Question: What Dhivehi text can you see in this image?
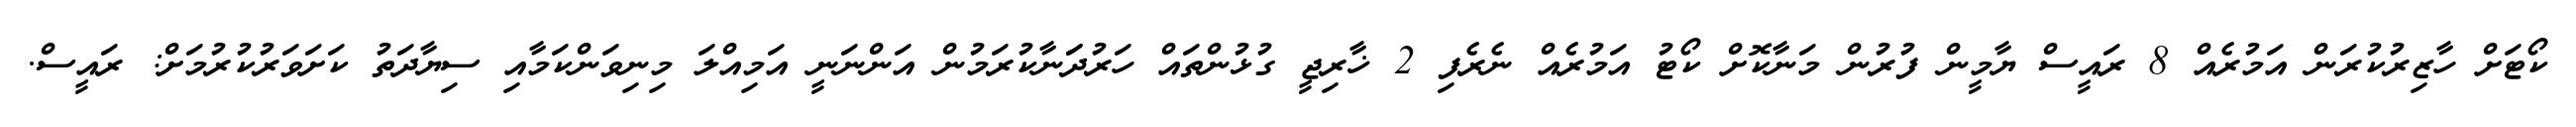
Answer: ކޯޓަށް ހާޒިރުކުރަން އަމުރެއް 8 ރައީސް ޔާމީން ފުރުން މަނާކޮށް ކޯޓު އަމުރެއް ނެރެފި 2 ޚާރިޖީ ގުޅުންތައް ހަރުދަަނާކުރަމުން އަންނަނީ އަމިއްލަ މިނިވަންކަމާއި ސިޔާދަތު ކަށަވަރުކުރުމަށް: ރައީސް.